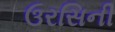
ઉરસિની